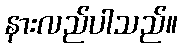
နားလည်ပါသည်။